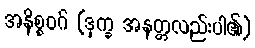
အနိစ္စဝဂ် (ဒုက္ခ အနတ္တလည်းပါ၏)